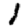
Digit: 1